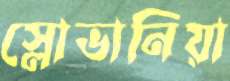
স্লোভানিয়া